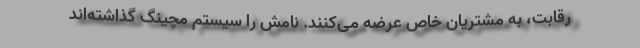
رقابت، به مشتریان خاص عرضه می‌کنند. نامش را سیستم مچینگ گذاشته‌اند